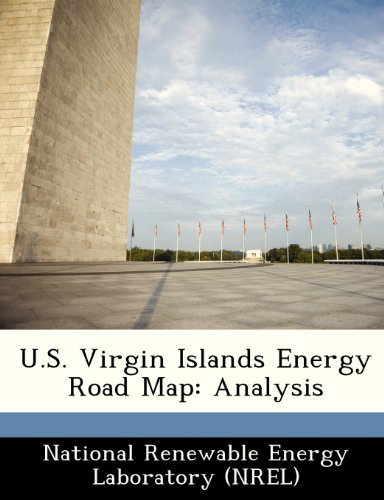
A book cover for U.S. Virgin Islands Energy Road Map: Analysis; Travel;